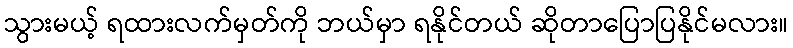
သွားမယ့် ရထားလက်မှတ်ကို ဘယ်မှာ ရနိုင်တယ် ဆိုတာပြောပြနိုင်မလား။